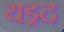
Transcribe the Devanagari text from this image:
यझ्द